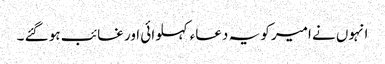
انہوں نے امیر کو یہ دعاء کہلوائی اور غائب ہو گئے ۔